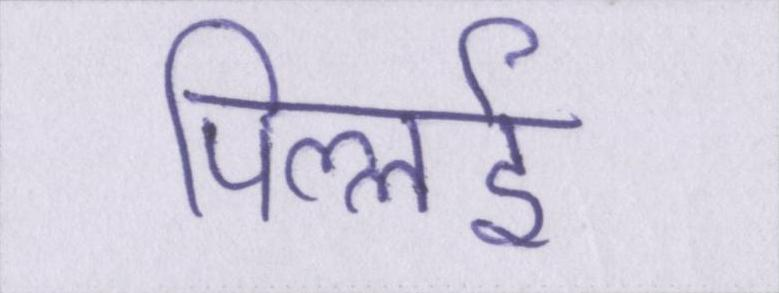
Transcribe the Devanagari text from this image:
पिल्लई